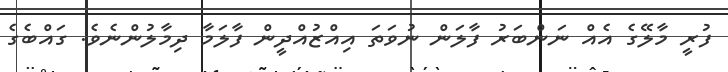
ފުރީ މާލޭގެ އެއް ނަންބަރު ފާލަން ނުވަތަ އިއްޒުއްދީން ފާލަމާ ދިމާލުންނެވެ. ގައްބެގެ